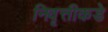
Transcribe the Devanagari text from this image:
निवृत्तीकडे